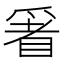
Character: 𱳁